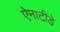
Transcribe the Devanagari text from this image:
ऐनाटीडे